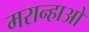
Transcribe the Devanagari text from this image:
मरान्हाओ